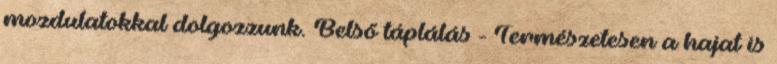
mozdulatokkal dolgozzunk. Belső táplálás - Természetesen a hajat is